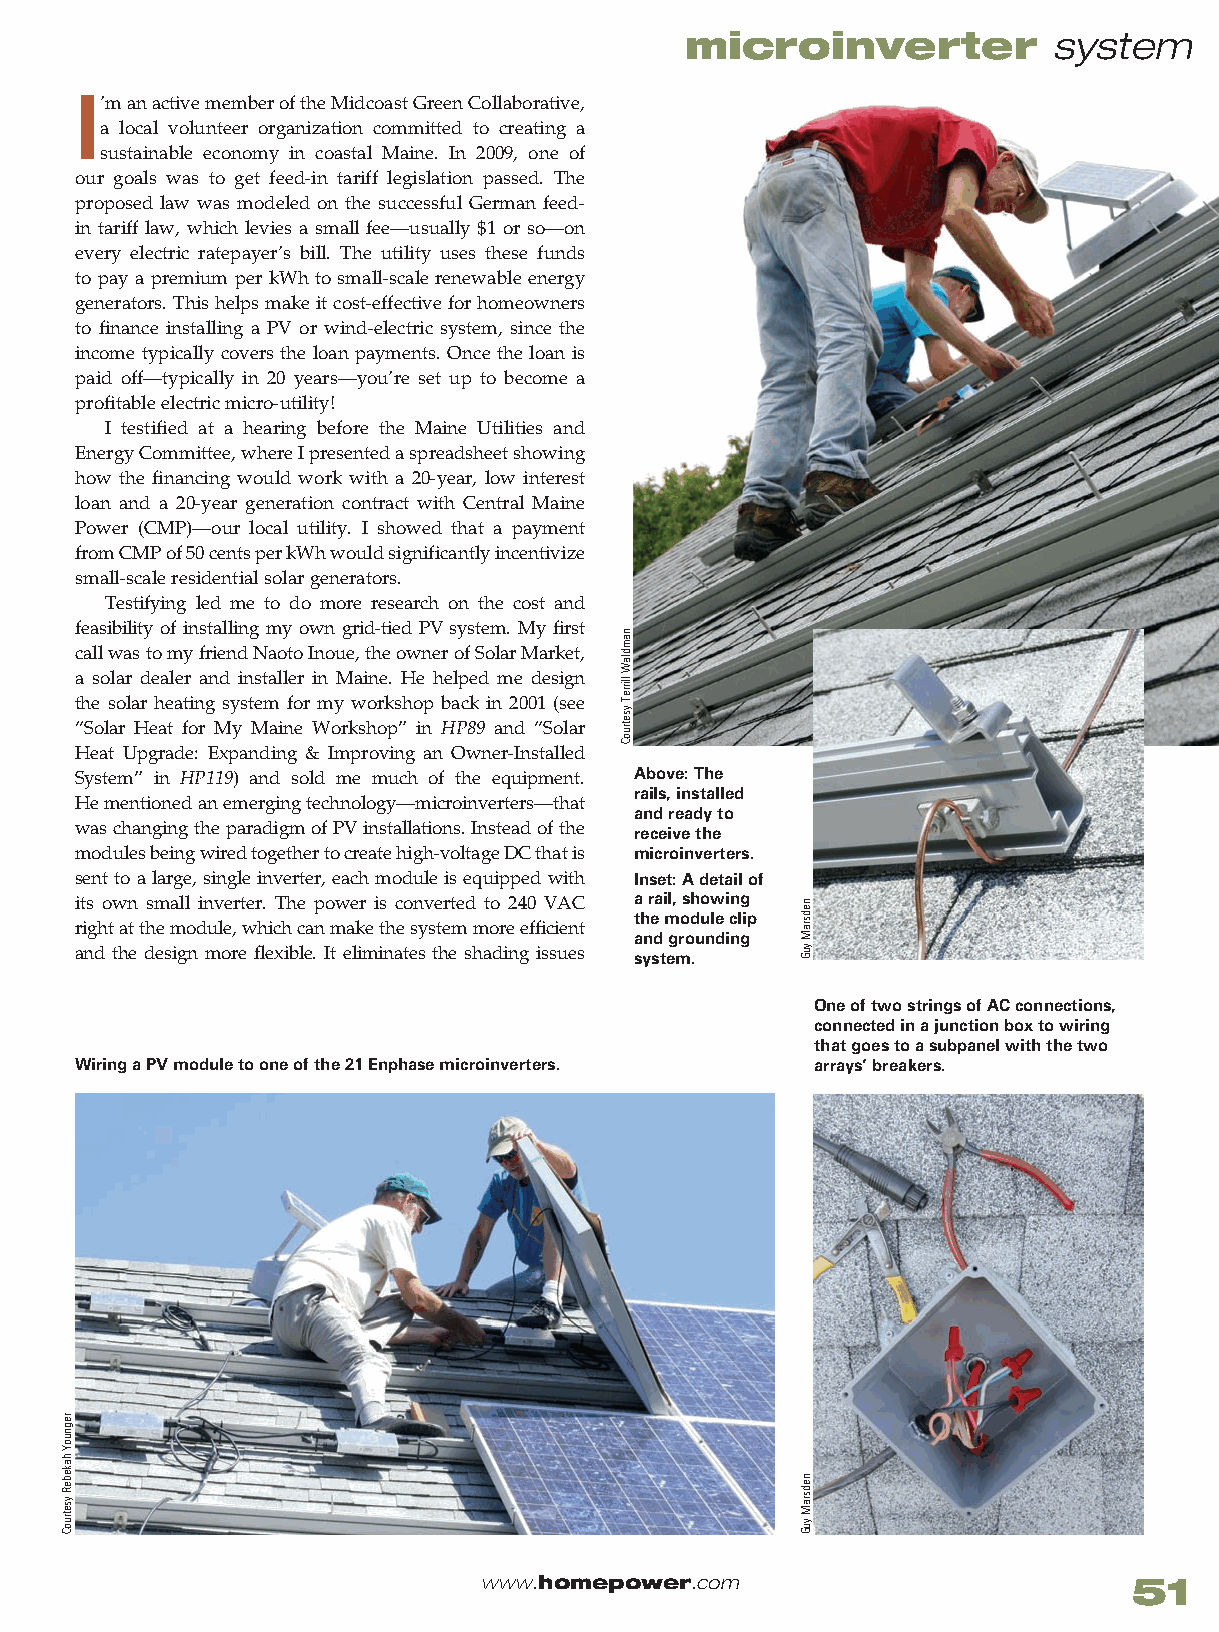
microinverter            system
 I
 ’m an active member of the Midcoast Green Collaborative,
 a local volunteer organization committed to creating a
 sustainable economy in coastal Maine. In 2009, one of
 our goals was to get feed-in tariff legislation passed. The
 proposed law was modeled on the successful German feed-
 in tariff law, which levies a small fee—usually $1 or so—on
 every electric ratepayer’s bill. The utility uses these funds
 to pay a premium per kWh to small-scale renewable energy
 generators. This helps make it cost-effective for homeowners
 to finance installing a PV or wind-electric system, since the
 income typically covers the loan payments. Once the loan is
 paid off—typically in 20 years—you’re set up to become a
 profitable electric micro-utility!
 I testified at a hearing before the Maine Utilities and
 Energy Committee, where I presented a spreadsheet showing
 how the financing would work with a 20-year, low interest
 loan and a 20-year generation contract with Central Maine
 Power (CMP)—our local utility. I showed that a payment
 from CMP of 50 cents per kWh would significantly incentivize
 small-scale residential solar generators.
 Testifying led me to do more research on the cost and
 feasibility of installing my own grid-tied PV system. My first
 call was to my friend Naoto Inoue, the owner of Solar Market,
 a solar dealer and installer in Maine. He helped me design
 the solar heating system for my workshop back in 2001 (see
 “Solar Heat for My Maine Workshop” in HP89 and “Solar
 Heat Upgrade: Expanding & Improving an Owner-Installed
 System” in HP119) and sold me much of the equipment. Above: The
 rails, installed
 He mentioned an emerging technology—microinverters—that
 and ready to
 was changing the paradigm of PV installations. Instead of the receive the
 modules being wired together to create high-voltage DC that is microinverters.
 sent to a large, single inverter, each module is equipped with Inset: A detail of
 its own small inverter. The power is converted to 240 VAC a rail, showing
 the module clip
 right at the module, which can make the system more efficient
 and grounding
 and the design more flexible. It eliminates the shading issues system.
 One of two strings of AC connections,
 connected in a junction box to wiring
 that goes to a subpanel with the two
 Wiring a PV module to one of the 21 Enphase microinverters. arrays’ breakers.
 www.homepower.com                          51
 regnuoY
 hakebeR
 ysetruoC
 namdlaW
 llirreT
 ysetruoC
 nedsraM
 yuG
 nedsraM
 yuG